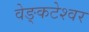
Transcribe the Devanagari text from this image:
वेङ्कटेश्वर